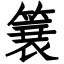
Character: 簔